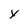
Character: y